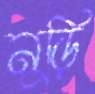
নুড়ি